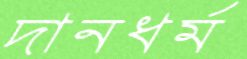
দানধর্ম